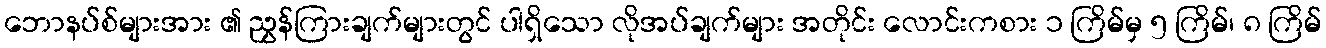
ဘောနပ်စ်များအား ၏ ညွှန်ကြားချက်များတွင် ပါရှိသော လိုအပ်ချက်များ အတိုင်း လောင်းကစား ၁ ကြိမ်မှ ၅ ကြိမ်၊ ၈ ကြိမ်